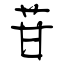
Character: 苷